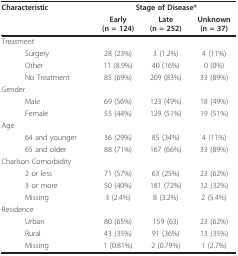
<table><thead><tr><td colspan="2"><b>Characteristic</b></td><td colspan="3"><b>Stage of Disease*</b></td></tr><tr><td></td><td></td><td><b>Early (n = 124)</b></td><td><b>Late (n = 252)</b></td><td><b>Unknown (n = 37)</b></td></tr></thead><tbody><tr><td colspan="2">Treatment</td><td></td><td></td><td></td></tr><tr><td></td><td>Surgery</td><td>28 (23%)</td><td>3 (1.2%)</td><td>4 (11%)</td></tr><tr><td></td><td>Other</td><td>11 (8.9%)</td><td>40 (16%)</td><td>0 (0%)</td></tr><tr><td></td><td>No Treatment</td><td>85 (69%)</td><td>209 (83%)</td><td>33 (89%)</td></tr><tr><td colspan="2">Gender</td><td></td><td></td><td></td></tr><tr><td></td><td>Male</td><td>69 (56%)</td><td>123 (49%)</td><td>18 (49%)</td></tr><tr><td></td><td>Female</td><td>55 (44%)</td><td>129 (51%)</td><td>19 (51%)</td></tr><tr><td colspan="2">Age</td><td></td><td></td><td></td></tr><tr><td></td><td>64 and younger</td><td>36 (29%)</td><td>85 (34%)</td><td>4 (11%)</td></tr><tr><td></td><td>65 and older</td><td>88 (71%)</td><td>167 (66%)</td><td>33 (89%)</td></tr><tr><td colspan="2">Charlson Comorbidity</td><td></td><td></td><td></td></tr><tr><td></td><td>2 or less</td><td>71 (57%)</td><td>63 (25%)</td><td>23 (62%)</td></tr><tr><td></td><td>3 or more</td><td>50 (40%)</td><td>181 (72%)</td><td>12 (32%)</td></tr><tr><td></td><td>Missing</td><td>3 (2.4%)</td><td>8 (3.2%)</td><td>2 (5.4%)</td></tr><tr><td colspan="2">Residence</td><td></td><td></td><td></td></tr><tr><td></td><td>Urban</td><td>80 (65%)</td><td>159 (63)</td><td>23 (62%)</td></tr><tr><td></td><td>Rural</td><td>43 (35%)</td><td>91 (36%)</td><td>13 (35%)</td></tr><tr><td></td><td>Missing</td><td>1 (0.81%)</td><td>2 (0.79%)</td><td>1 (2.7%)</td></tr></tbody></table>